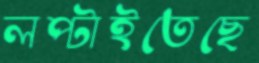
লপ্‌টাইতেছে